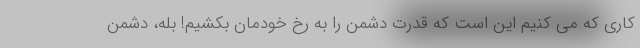
کاری که می کنیم این است که قدرت دشمن را به رخ خودمان بکشیم! بله، دشمن